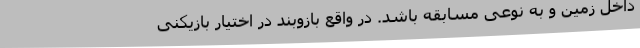
داخل زمین و به نوعی مسابقه باشد. در واقع بازوبند در اختیار بازیکنی